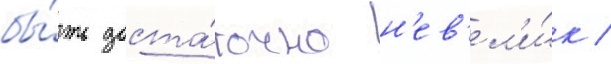
бы́ть доста́точно н'ев'ел'и́к /